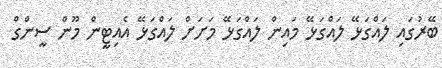
ބޭރުގައި ލައްގަޅޭ ލައްގަޅޭ މައިން ލައްގަޅޭ މަށަށް ލައްގަޅޭ އެއިޓީން މޫން ސީންގް